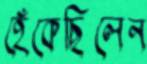
হেঁকেছিলেন